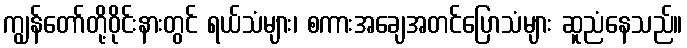
ကျွန်တော်တို့ဝိုင်းနားတွင် ရယ်သံများ၊ စကားအချေအတင်ပြောသံများ ဆူညံနေသည်။